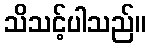
သိသင့်ပါသည်။